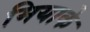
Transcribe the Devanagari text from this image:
मियाके